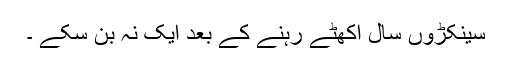
سینکڑوں سال اکھٹے رہنے کے بعد ایک نہ بن سکے ۔